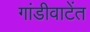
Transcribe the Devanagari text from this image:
गांडीवाटेंत